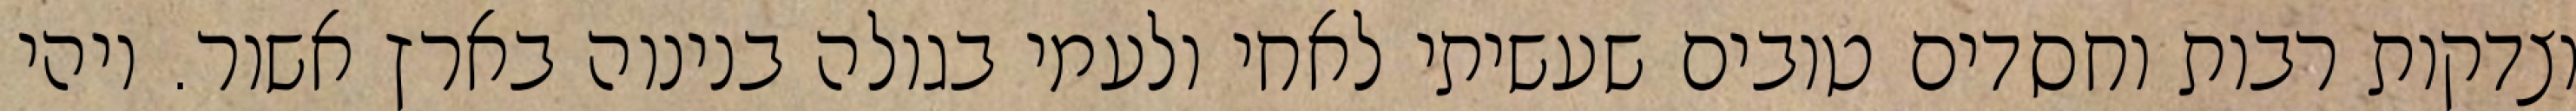
וצדקות רבות וחסדים טובים שעשיתי לאחי ולעמי בגולה בנינוה בארץ אשור. ויהי